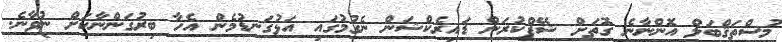
މުސްތަޤްބަލް އޮންނާނެ ގޮތަށް ޝޭޕްކުރަން ޑައިރެކްޝަން ނެގުމުގައި އަޅުގަނޑުމެން އެހާ ބިރުގަންނާކަށް ނުވާނެ.